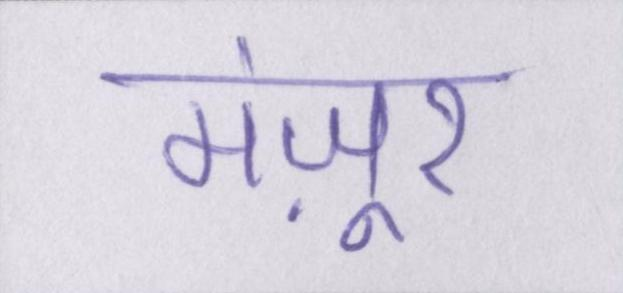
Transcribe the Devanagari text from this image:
मंज़ूर